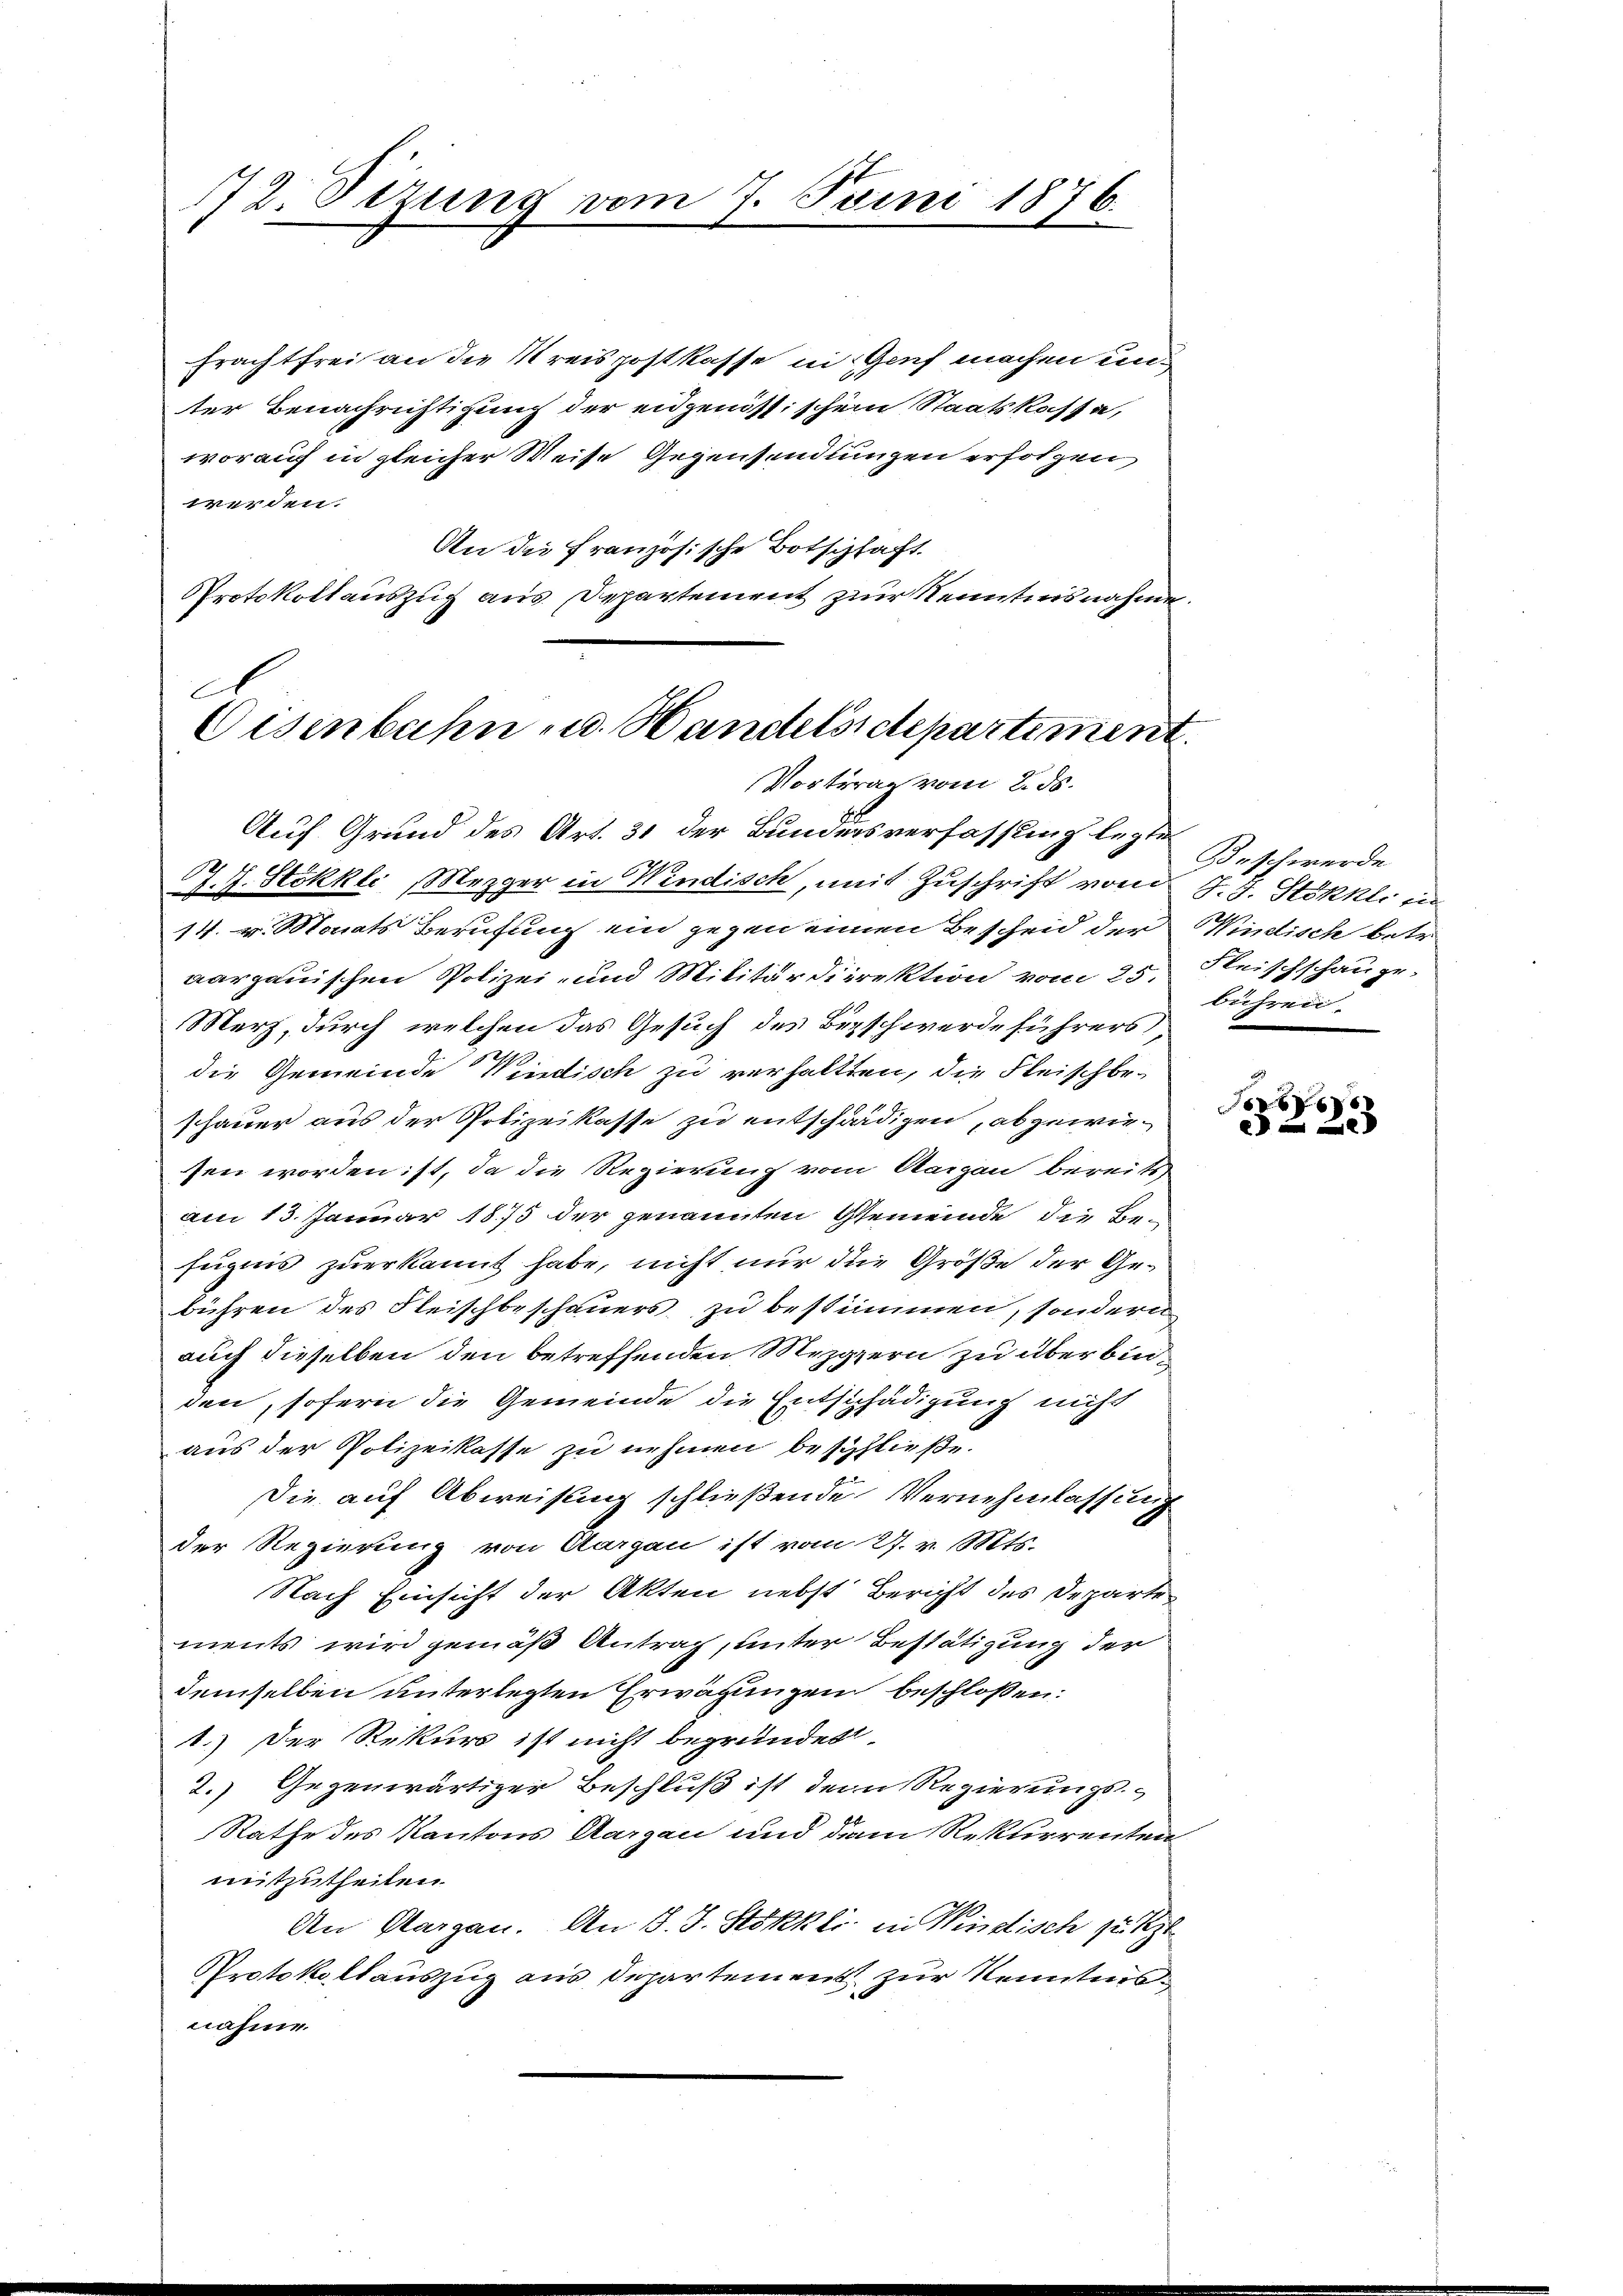
172. Sizung vom 7. Juni 1876.

Frachtfrei an die Kreispostkasse in Genf machen unter Benachrichtigung der eidgenössischen Staatskassa,
worauf in gleicher Weise Gegensendungen erfolgen
werden.
An die Französische Botschaft
Protokollauszug aus Departement zur Kenntnisnahme
E
Eisenbahn u. Handelsschpartiment

Vortrag vom 2. ds.

Auf Grund des Art. 31 der Bundesverfassung legte
J. J. Stökkli, Mezger in Windisch, mit Zuschrift vom
14. v. Monats Berufung ein gegen einen Bescheid der
aargauischen Polizei- und Militärdirektion vom 25.
Merz, durch welchen das Gesuch des Beschwerde führers,
die Gemeinde Windisch zu verhaltten, die Fleischbe-
schauer aus der Polizeikasse zu entschädigen, abgewiesen worden ist, da die Regierung vom Aargau bereits
am 13. Januar 1875 der genannten Gemeinde die Befugnis zuerkannt habe, nicht nur die Größe der Gebühren des Fleischbeschauers zu bestimmen, sondern
auch dieselben den betreffenden Mezgern zu überbinden, sofern die Gemeinde die Entschädigung nicht
aus der Polizeikasse zu nehmen beschließe.
Die auf Abweisung schließende Vernehmlassung
der Regierung von Aargau ist vom 27. v. Mts.
Nach Einsicht der Akten nebst Bericht des Departe
ments wird gemäß Antrag, unter Bestätigung der
demselben unterlegten Erwägungen beschlossen:
1.) Der Rekurs ist nicht begründet
2.) Gegenwärtiger Beschluß ist dem Regierungs-
Rathe des Kantons Aargau und den Rekurrenten
mitzutheilen.
An Margau. An S. J. Stökkli in Windisch zu Rzt
Protokollauszug aus Departement zur Kenntnisnahme.

Beschwerde
J. J. Stokhli in
Windisch betr.
Fleischschauge.
bühren.

Fr
E